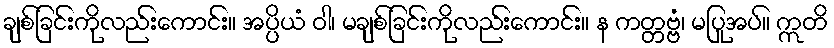
ချစ်ခြင်းကိုလည်းကောင်း။ အပ္ပိယံ ဝါ၊ မချစ်ခြင်းကိုလည်းကောင်း။ န ကတ္တဗ္ဗံ၊ မပြုအပ်။ ဣတိ